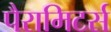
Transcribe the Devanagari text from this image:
पैरामिटर्स